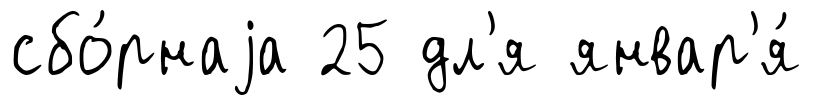
сбо́рнаjа 25 дл'я январ'я́